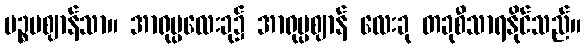
ပဉ္စမဈာန်သာ။ အာရုပ္ပလေးခု၌ အာရုပ္ပဈာန် လေးခု တခုစီသာရနိုင်သည်။